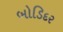
બોડિદર